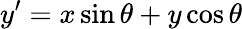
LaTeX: y^{\prime}=x\sin\theta+y\cos\theta